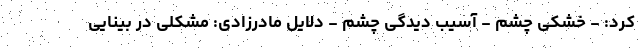
کرد: - خشکی چشم - آسیب دیدگی چشم - دلایل مادرزادی: مشکلی در بینایی